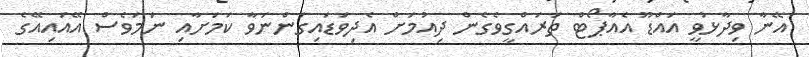
އޭނާ ވިދާޅުވީ އައްޑޫ އެއާޕޯޓް ތަރައްގީވެގެން ދިއުމަށް އެދިވަޑައިގަންނަވާ ކަމަށާއި ނަމަވެސް އޭއައިއޭގެ